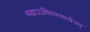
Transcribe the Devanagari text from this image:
श्रद्धाऽऽतिथ्यमदर्चनम्